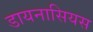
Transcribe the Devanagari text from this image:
डायनासियस